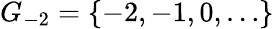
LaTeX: G_{-2}=\{ -2,-1,0,\ldots\}